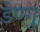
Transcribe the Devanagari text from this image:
डेण्गु